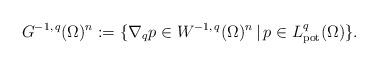
LaTeX: \begin{align*}G^{-1,\,q}(\Omega )^n := \{\nabla _q p\in W^{ -1,\, q}(\Omega )^n \,|\, p\in L^q_{\rm pot}(\Omega ) \}.\end{align*}